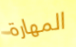
المهارة